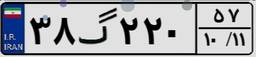
۳۰گ۴۷۹۰۰